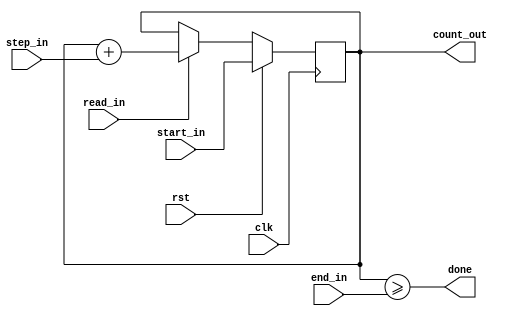
`timescale 1 ns / 1 ps

module generic_counter (
   input                      clk,
   input                      rst,
   output                     done,

   input    [63:0]            start_in,
   input    [63:0]            end_in,
   input    [63:0]            step_in,

   input                      read_in,
   output   [63:0]            count_out
);

   reg   [63:0]               counter_s;

   always @(posedge clk)
   begin
      if (rst == 1'd1)
         counter_s <= start_in;
      else if (read_in == 1'd1)
         counter_s <= counter_s + step_in;
   end

   assign count_out = counter_s;
   assign done = counter_s >= end_in;

endmodule